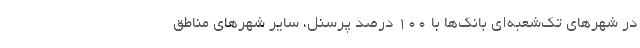
در شهر‌های تک‌شعبه‌ای بانک‌ها با 100 درصد پرسنل، سایر شهر‌های مناطق